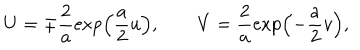
LaTeX: U = \mp \frac { 2 } { a } \exp \left( \frac { a } { 2 } u \right) , \quad \quad V = \frac { 2 } { a } \exp \left( - \frac { a } { 2 } v \right) ,